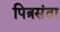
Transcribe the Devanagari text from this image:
पित्रसंता